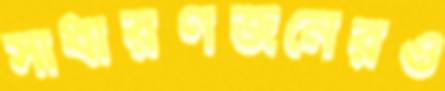
সাধারণজনেরও